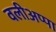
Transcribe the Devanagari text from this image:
वलीअप्पा